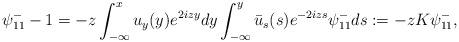
LaTeX: \begin{align*}\psi^-_{11}-1=-z \int_{-\infty}^x u_y(y) e^{2izy} dy \int_{-\infty}^{y} \bar{u}_s(s) e^{-2izs} \psi^-_{11}d s:=-z K \psi^-_{11},\end{align*}